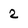
Character: 2